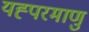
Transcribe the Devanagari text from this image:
यह्परमाणु